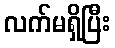
လက်မရှိပြီး